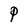
Character: P